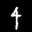
Label: 4